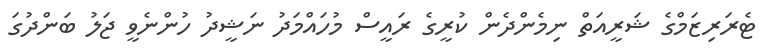
ޓެރަރިޒަމްގެ ޝަރީއަތް ނިމެންދެން ކުރީގެ ރައީސް މުހައްމަދު ނަޝީދު ހުންނެވީ ޖަލު ބަންދުގަ